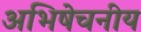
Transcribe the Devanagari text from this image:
अभिषेचनीय